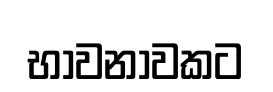
භාවනාවකට